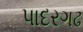
પાદરગઢ